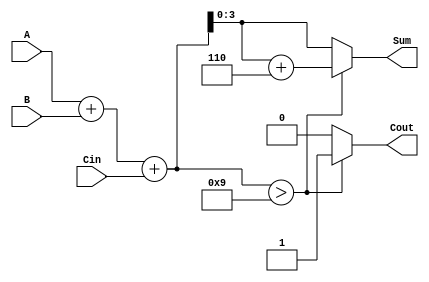
module BCD_Hybrid_Adder (
    input  wire [3:0] A,      // First BCD digit
    input  wire [3:0] B,      // Second BCD digit
    input  wire Cin,          // Carry input
    output reg  [3:0] Sum,    // BCD sum output
    output reg  Cout          // Carry output
);

    wire [4:0] binary_sum;    // 5-bit to hold the binary sum
    wire correction_needed;     // Flag to indicate if correction is needed

    // Step 1: Compute the binary sum
    assign binary_sum = A + B + Cin;

    // Step 2: Determine if correction is needed
    assign correction_needed = binary_sum > 5'b01001; // Check if sum > 9

    // Step 3: Compute the BCD sum and carry out
    always @(*) begin
        if (correction_needed) begin
            Sum = binary_sum + 5'b00110; // Add 6 for correction
            Cout = 1'b1;                 // Set carry out
        end else begin
            Sum = binary_sum[3:0];       // Take lower 4 bits as sum
            Cout = 1'b0;                 // No carry out
        end
    end

endmodule